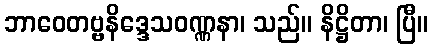
ဘာဝေတဗ္ဗနိဒ္ဒေသဝဏ္ဏနာ၊ သည်။ နိဋ္ဌိတာ၊ ပြီ။